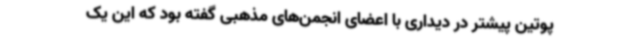
پوتین پیشتر در دیداری با اعضای انجمن‌های مذهبی گفته بود که این یک